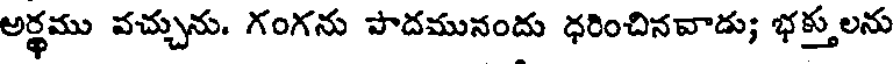
అర్థము వచ్చును. గంగను పాదమునందు ధరించినవాడు; భక్తు లను